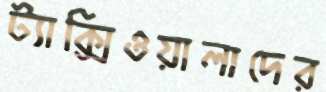
ট্যাক্সিওয়ালাদের